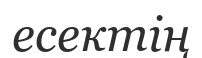
есектің